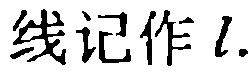
线记作\(l\).